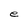
Character: e